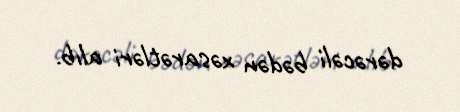
dərəcəli bədən xəsarətləri alıb.